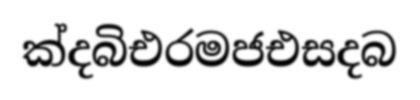
ක්දබිඑරමජඑසදබ